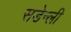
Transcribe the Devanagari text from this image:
सडेन्ली